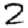
Digit: 2